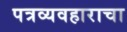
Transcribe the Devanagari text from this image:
पत्रव्यवहाराचा